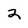
Character: 2